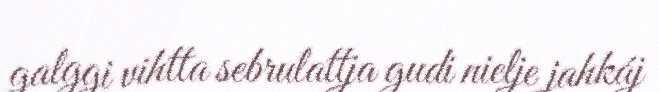
galggi vihtta sebrulattja gudi nielje jahkáj